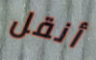
أنقل